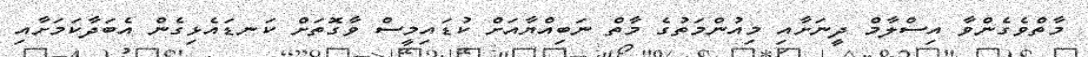
މާތްވެގެންވާ އިސްލާމް ދީނަށާއި މިއުންމަތުގެ މާތް ނަބިއްޔާއަށް ކުޑައިމީސް ވާގޮތަށް ކަނޑައެޅިގެން އެބަދާކަމަށާއި